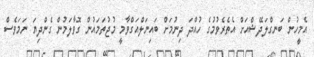
އެމީހުން ބަނގްލަދޭޝްއަށް އެތެރެވުމުގެ ހުއްދަ ދިނުމަށް ބައިނަލްއަގްވާމީ މުޖުތަމައުން ގޮވާލަމުން ގެންދިޔަ ނަމަވެސް